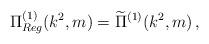
LaTeX: \begin{align*} \Pi^{(1)}_{Reg}(k^{2},m) = \widetilde{\Pi}^{(1)}(k^{2},m) \, ,\end{align*}